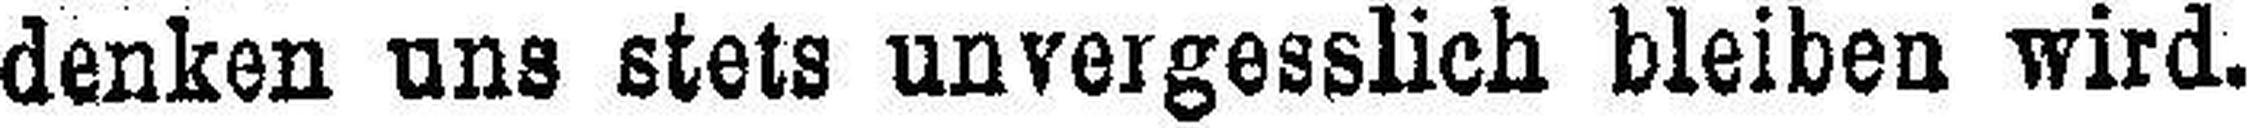
denken uns stets unvergesslich bleiben wird.